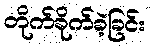
တိုက်ခိုက်ခဲ့ခြင်း